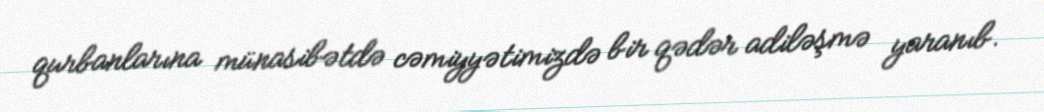
qurbanlarına münasibətdə cəmiyyətimizdə bir qədər adiləşmə yaranıb.